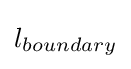
l_{boundary}